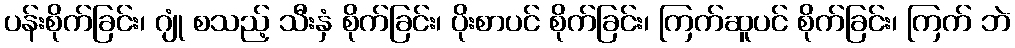
ပန်းစိုက်ခြင်း၊ ဂျုံ စသည့် သီးနှံ စိုက်ခြင်း၊ ပိုးစာပင် စိုက်ခြင်း၊ ကြက်ဆူပင် စိုက်ခြင်း၊ ကြက် ဘဲ